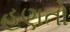
હણતો